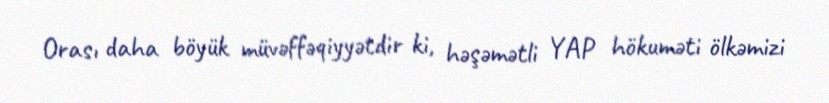
Orası daha böyük müvəffəqiyyətdir ki, həşəmətli YAP hökuməti ölkəmizi